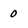
Character: 0